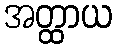
အတ္ထာယ